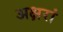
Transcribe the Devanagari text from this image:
अक्षरां